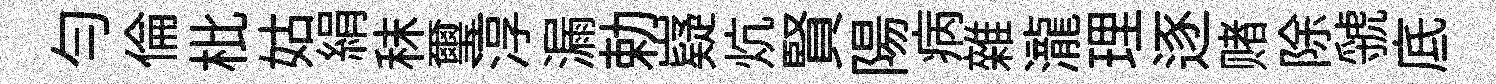
匀倫枇姑絹秣璽淳漏勅嶷炕賢陽病雜瀧理逐赌除虢底